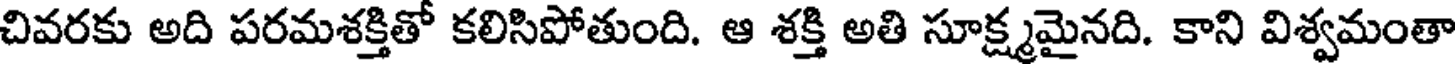
చివరకు అది పరమశక్తితో కలిసిపోతుంది. ఆ శక్తి అతి సూక్ష్మమైనది. కాని విశ్వమంతా